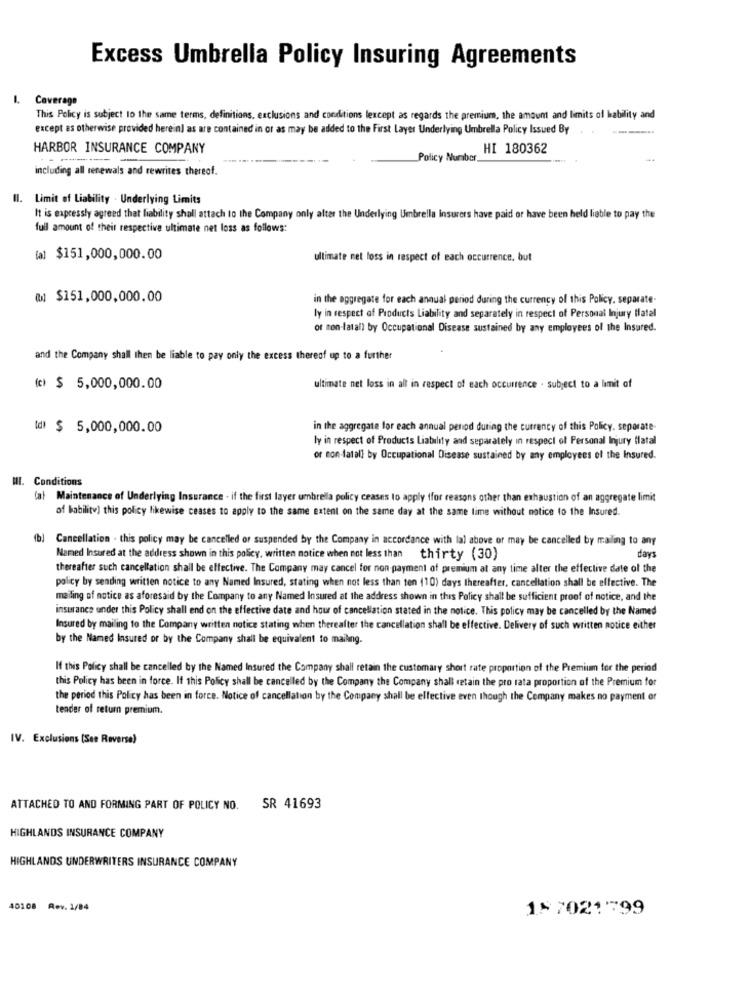
Excess Umbrella Policy Insuring Agreements
Coverage
This Policy is subject to the same terms, definitions, exclusions and conditions lexcept as regards the premium, the amount and limits of lability and
except as otherwise provided herein] as are contained in or as may be added to the First Layer Underlying Umbrella Policy Issued By . . ..........
HARBOR INSURANCE COMPANY
HI 180362
- ----------
Policy Number,
including all renewals and rewrites thereof.
Il. Limit of Liability . Underlying Limits
It is expressly agreed that liability shall attach to the Company only alter the Underlying Umbrella Insurers have paid or have been held liable to pay the
full amount of their respective ultimate net loss as follows:
[a] $151,000,000.00
ultimate net loss in respect of each occurrence, but
@) $151,000,000.00
in the aggregate for each annual period during the currency of this Policy, separate-
ly in respect of Products Liability and separately in respect of Personal Injury flatal
or non-fatal) by Occupational Disease sustained by any employees of the Insured.
and the Company shall then be liable to pay only the excess thereof up to a further
(c) $ 5,000,000.00
ultimate net loss in all in respect of each occurrence . subject to a limit of
Id) $ 5,000,000.00
in the aggregate for each annual period during the currency of this Policy. seporate
ly in respect of Products Liability and separately in respect of Personal Injury fiatal
or non-latall by Occupational Disease sustained by any employees of the Insured.
ME. Conditions
(al Maintenance of Underlying Insurance . if the first layer umbrella policy ceases to apply ffor reasons other than exhaustion of an aggregate limit
of bability) this policy likewise ceases to apply to the same extent on the same day at the same time without notice to the Insured.
(b) Cancellation . this policy may be cancelled or suspended by the Company in accordance with la) above or may be cancelled by mailing to any
Named Insured at the address shown in this policy, written notice when not less than
thirty (30)
days
thereafter such cancellation shall be effective. The Company may cancel for non-payment of premium at any time alter the effective date of the
policy by sending written notice to any Named Insured, stating when not less than ten (10) days thereafter, cancellation shall be effective. The
mailing of notice as aforesaid by the Company to any Named Insured at the address shown in this Policy shall be sufficient proof of notice, and the
insurance under this Policy shall end on the effective date and hour of cancellation stated in the notice. This policy may be cancelled by the Named
Insured by mailing to the Company written notice stating when thereafter the cancellation shall be effective. Delivery of such written notice either
by the Named Insured or by the Company shall be equivalent to mailing.
If this Policy shall be cancelled by the Named Insured the Company shall retain the customary short rate proportion of the Premium for the period
this Policy has been in force. If this Policy shall be cancelled by the Company the Company shall retain the pro rata proportion of the Premium for
the period this Policy has been in force. Notice of cancellation by the Company shall be effective even though the Company makes no payment or
tender of return premium.
IV. Exclusions (See Reverse)
ATTACHED TO AND FORMING PART OF POLICY NO.
SR 41693
HIGHLANDS INSURANCE COMPANY
HIGHLANDS UNDERWRITERS INSURANCE COMPANY
40108
Rev. 1/84
18 7021799